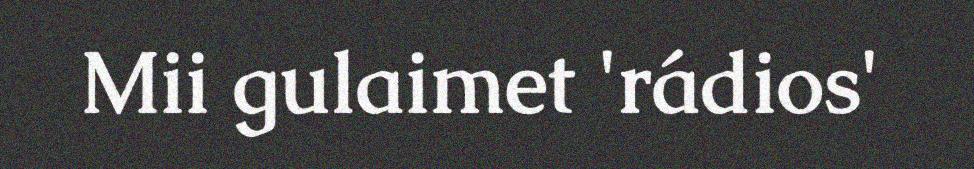
Mii gulaimet 'rádios'